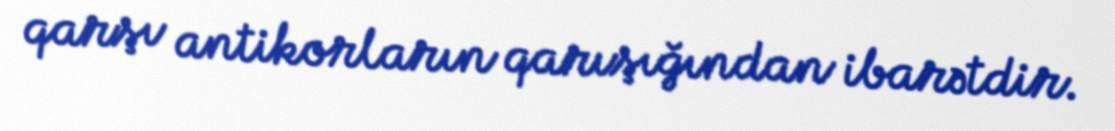
qarşı antikorların qarışığından ibarətdir.